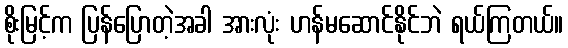
စိုးမြင့်က ပြန်ပြောတဲ့အခါ အားလုံး ဟန်မဆောင်နိုင်ဘဲ ရယ်ကြတယ်။